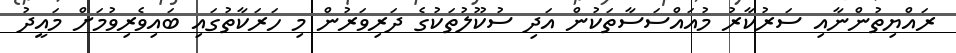
ރައްޔިތުންނާއި ސަރުކާރު މުއައްސަސާތަކުން އަދި ސުކޫލުތަކުގެ ދަރިވަރުން މި ހަރަކާތުގައި ބައިވެރިވުމަށް މައީދު